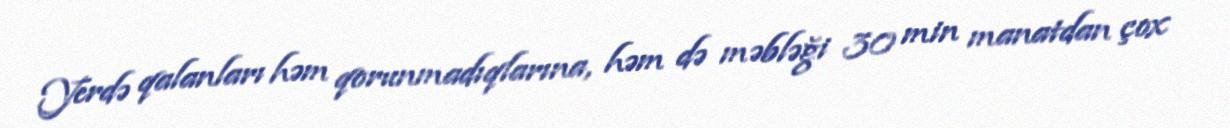
Yerdə qalanları həm qorunmadıqlarına, həm də məbləği 30 min manatdan çox